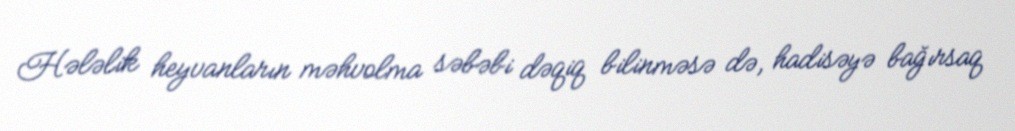
Hələlik heyvanların məhvolma səbəbi dəqiq bilinməsə də, hadisəyə bağırsaq